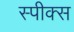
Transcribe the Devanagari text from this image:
स्पीक्स